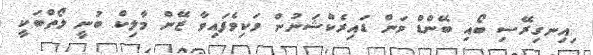
ިއިނގިރޭސި ބޯއި ބޭންޑް ވަން ޑައިރެކްޝަނުން ވަކިވެފައިވާ ޒޭން މާލިކް ބުނީ ލޯތްބަކީ